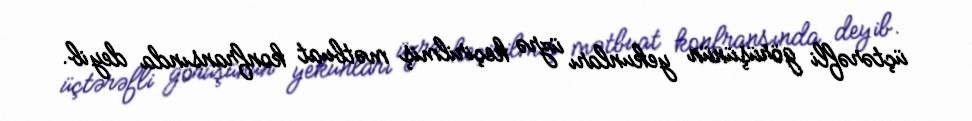
üçtərəfli görüşünün yekunları üzrə keçirilmiş mətbuat konfransında deyib.